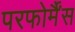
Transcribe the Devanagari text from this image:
परफोर्मैंस